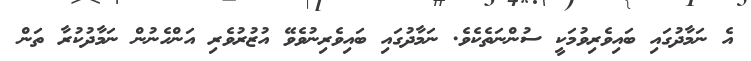
އެ ނަމާދުގައި ބައިވެރިވުމަކީ ސުންނަތެކެވެ. ނަމާދުގައި ބައިވެރިނުވެވޭ އުޒުރުވެރި އަންހެނުން ނަމާދުކުރާ ތަން